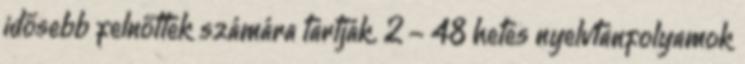
idősebb felnőttek számára tartják. 2 - 48 hetes nyelvtanfolyamok